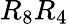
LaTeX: R_{8}R_{4}